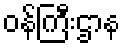
ဝန်ကြီးဌာန